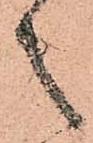
之